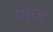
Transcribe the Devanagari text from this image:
पारडं